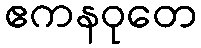
ဧကနဝုတေ